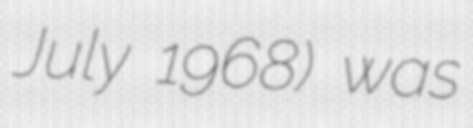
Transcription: July 1968) was